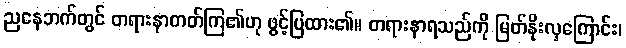
ညနေဘက်တွင် တရားနာတတ်ကြ၏ဟု ဖွင့်ပြထား၏။ တရားနာရသည်ကို မြတ်နိုးလှကြောင်း၊